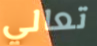
تعالي